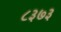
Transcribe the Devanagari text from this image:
८३७३